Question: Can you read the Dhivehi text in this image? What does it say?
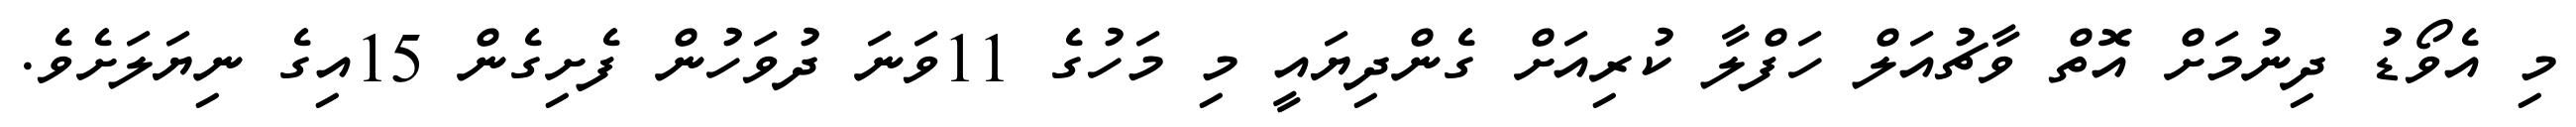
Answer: މި އެވޯޑު ދިނުމަށް އޮތް ވާޗުއަލް ހަފްލާ ކުރިއަށް ގެންދިޔައީ މި މަހުގެ 11ވަނަ ދުވަހުން ފެށިގެން 15އިގެ ނިޔަލަށެވެ.